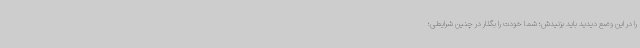
را در این وضع دیدید باید بزنیدش؛ شما خودت را بگذار در چنین شرایطی؛